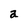
Character: a